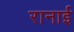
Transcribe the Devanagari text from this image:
रानाई